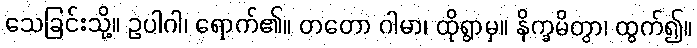
သေခြင်းသို့။ ဥပါဂါ၊ ရောက်၏။ တတော ဂါမာ၊ ထိုရွာမှ။ နိက္ခမိတွာ၊ ထွက်၍။